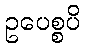
ဥပေစ္စပိ